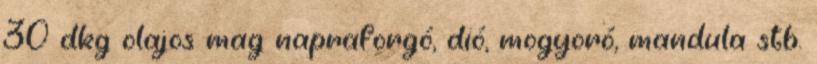
30 dkg olajos mag napraforgó, dió, mogyoró, mandula stb.